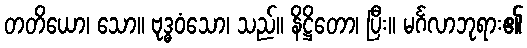
တတိယော၊ သော။ ဗုဒ္ဓဝံသော၊ သည်။ နိဋ္ဌိတော၊ ပြီး။ မင်္ဂလာဘုရား၏